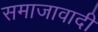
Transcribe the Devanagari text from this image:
समाजावादी